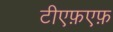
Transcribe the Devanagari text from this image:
टीएफ़एफ़